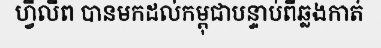
ហ្វីលីព បានមកដល់កម្ពុជាបន្ទាប់ពីឆ្លងកាត់